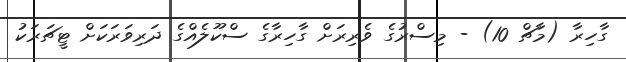
ގާހިރާ (މާޗް 10) - މިސްރުގެ ވެރިރަށް ގާހިރާގެ ސްކޫލެއްގެ ދަރިވަރަކަށް ޓީޗަރަކު